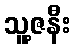
သူ့ဇနီး